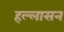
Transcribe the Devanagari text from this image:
हल्लासन